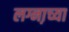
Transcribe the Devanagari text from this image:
लग्ना़च्या